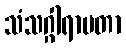
သံသဂ္ဂါရာမတာ